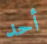
أحد